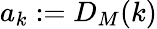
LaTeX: a_{k}:=D_{M}(k)